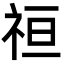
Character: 𮁭